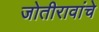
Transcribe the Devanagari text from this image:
जोतीरावांचे